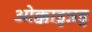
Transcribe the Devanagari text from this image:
ओक्काडुन्नडु